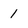
Character: 1